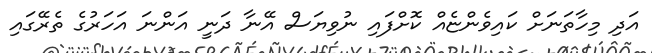
އަދި މިހާތަނަށް ކައިވެންޏެއް ކޮށްފައި ނުވިޔަސް އޭނާ ދަނީ އަންނަ އަހަރުގެ ތެރޭގައި